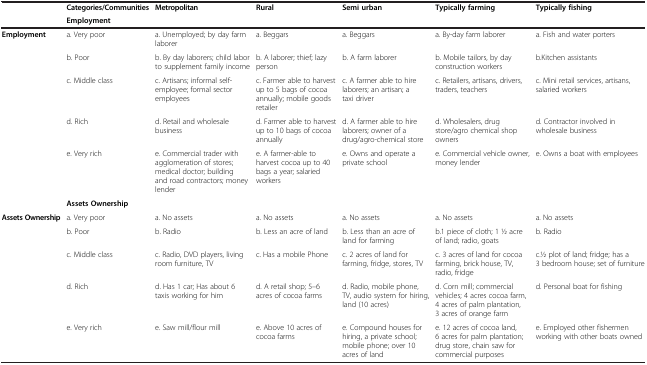
|  | Categories/Communities | Metropolitan | Rural | Semi urban | Typically farming | Typically fishing |
 |  | <COLSPAN=6> Employment |
 | --- | --- | --- | --- | --- | --- | --- |
 | <ROWSPAN=6> Employment | a. Very poor | a. Unemployed; by day farm laborer | a. Beggars | a. Beggars | a. By-day farm laborer | a. Fish and water porters |
 | b. Poor | b. By day laborers; child labor to supplement family income | b. A laborer; thief; lazy person | b. A farm laborer | b. Mobile tailors, by day construction workers | b.Kitchen assistants |
 | c. Middle class | c. Artisans; informal self-employee; formal sector employees | c. Farmer able to harvest up to 5 bags of cocoa annually; mobile goods retailer | c. A farmer able to hire laborers; an artisan; a taxi driver | c. Retailers, artisans, drivers, traders, teachers | c. Mini retail services, artisans, salaried workers |
 | d. Rich | d. Retail and wholesale business | d. Farmer able to harvest up to 10 bags of cocoa annually | d. A farmer able to hire laborers; owner of a drug/agro-chemical store | d. Wholesalers, drug store/agro chemical shop owners | d. Contractor involved in wholesale business |
 | e. Very rich | e. Commercial trader with agglomeration of stores; medical doctor; building and road contractors; money lender | e. A farmer-able to harvest cocoa up to 40 bags a year; salaried workers | e. Owns and operate a private school | e. Commercial vehicle owner, money lender | e. Owns a boat with employees |
 | <COLSPAN=6> Assets Ownership |
 | <ROWSPAN=4> Assets Ownership | a. Very poor | a. No assets | a. No assets | a. No assets | a. No assets | a. No assets |
 | b. Poor | b. Radio | b. Less an acre of land | b. Less than an acre of land for farming | b.1 piece of cloth; 1 1⁄2 acre of land; radio, goats | b. Radio |
 | c. Middle class | c. Radio, DVD players, living room furniture, TV | c. Has a mobile Phone | c. 2 acres of land for farming, fridge, stores, TV | c. 3 acres of land for cocoa farming, brick house, TV, radio, fridge | c.1⁄2 plot of land; fridge; has a 3 bedroom house; set of furniture |
 | d. Rich | d. Has 1 car; Has about 6 taxis working for him | d. A retail shop; 5–6 acres of cocoa farms | d. Radio, mobile phone, TV, audio system for hiring, land (10 acres) | d. Corn mill; commercial vehicles; 4 acres cocoa farm, 4 acres of palm plantation, 3 acres of orange farm | d. Personal boat for fishing |
 |  | e. Very rich | e. Saw mill/flour mill | e. Above 10 acres of cocoa farms | e. Compound houses for hiring, a private school; mobile phone; over 10 acres of land | e. 12 acres of cocoa land, 6 acres for palm plantation; drug store, chain saw for commercial purposes | e. Employed other fishermen working with other boats owned |